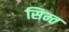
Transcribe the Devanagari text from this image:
सिम्त